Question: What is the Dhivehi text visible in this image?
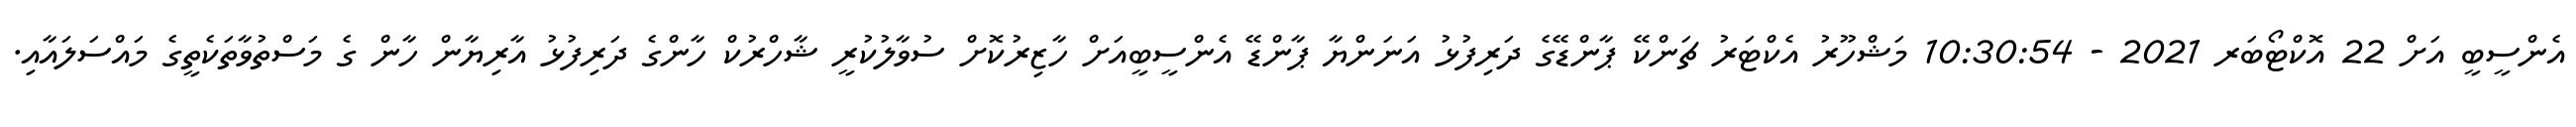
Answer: އެންސީބީ އަށް 22 އޮކްޓޯބަރ 2021 - 10:30:54 މަޝްހޫރު އެކްޓަރު ޗަންކޭ ޕާންޑޭގެ ދަރިފުޅު އަނަންޔާ ޕާންޑޭ އެންސީބީއަށް ހާޒިރުކޮށް ސުވާލުކުރީ ޝާހްރުކް ހާންގެ ދަރިފުޅު އާރިޔާން ހާން ގެ މަސްތުވާތަކެތީގެ މައްސަލައާއި.